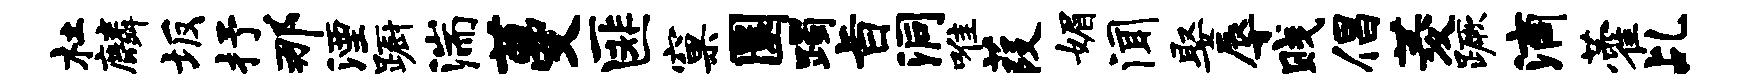
杜麟坂抒那湮蹰湍蔓匪窠圜躅旨洞唯葭媚闻娶辱贱倡菱蹶滴藿乩